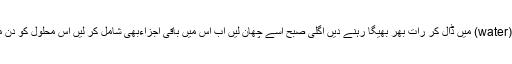
جئی کے آٹے کو گرم پانی(water) میں ڈال کر رات بھر بھیگا رہنے دیں اگلی صبح اسے چھان لیں اب اس میں باقی اجزاءبھی شامل کر لیں اس محلول کو دن میں تین بار ہاتھوں پر ملیں۔